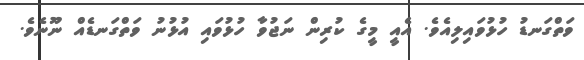
ވަތްގަނޑު ހުޅުވައިލިއެވެ. އެއީ މީގެ ކުރިން ނަޖުވާ ހުޅުވައި އުޅުނު ވަތްގަނޑެއް ނޫނެވެ.